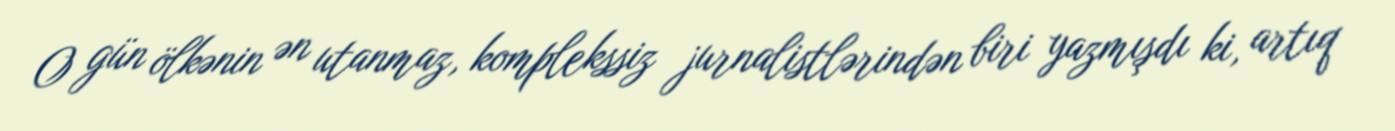
O gün ölkənin ən utanmaz, komplekssiz jurnalistlərindən biri yazmışdı ki, artıq